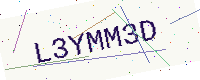
Text: L3YMM3D